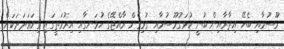
މޫސުމާއި ބެހޭ އިދާރާއިން ބުނީ ހުޅަގުމޫސުމާއި ގުޅިގެން ރާއްޖޭގެ ހުޅަނގާއި އިރުމަތީގައި ގިނަޢަދަދަކަށް